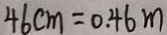
4 6 c m = 0 . 4 6 m